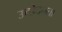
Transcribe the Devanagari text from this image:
उच्छेदनता